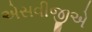
એસવીજીએ